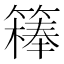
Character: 𥴇